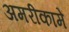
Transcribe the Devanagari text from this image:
अमरीकामें